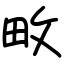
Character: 畋